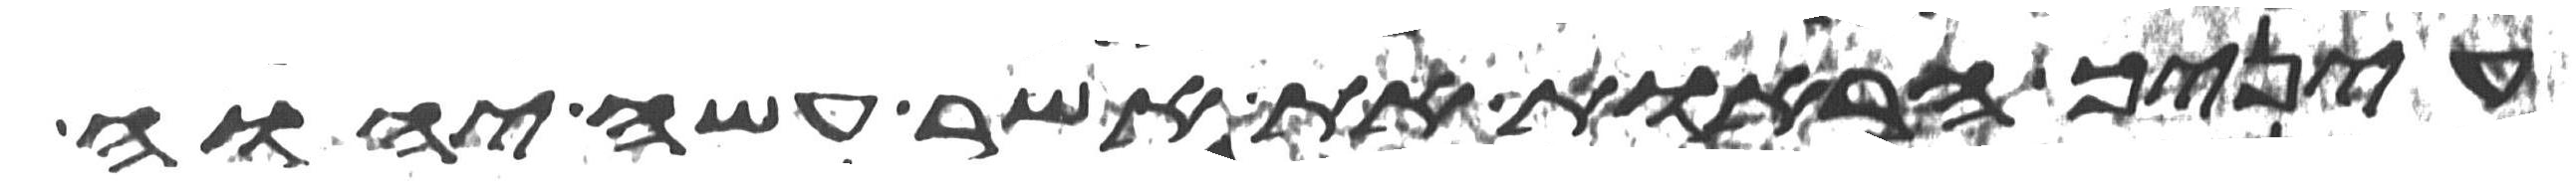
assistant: עיניך הראות את אשר עשה יהוה